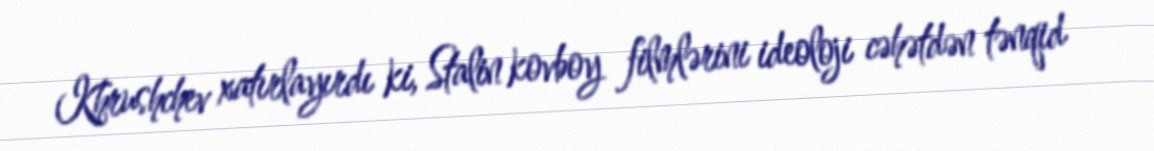
Khrushchev xatırlayırdı ki, Stalin kovboy filmlərini ideoloji cəhətdən tənqid